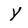
Character: Y